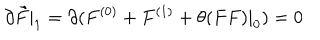
\partial \tilde { F } | _ { 1 } = \partial ( F ^ { ( 0 ) } + F ^ { ( 1 ) } + \theta ( F F ) | _ { 0 } ) = 0